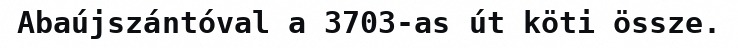
Abaújszántóval a 3703-as út köti össze.